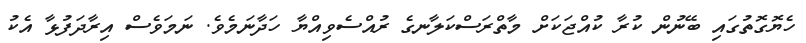
ހެޔޮގޮތުގައި ބޭނުން ކުރާ ކުއްޖަކަށް މާތްރަސްކަލާނގެ ރުއްސެވިއްޔާ ހަދާނަމެވެ. ނަމަވެސް އިރާދަފުޅާ އެކު